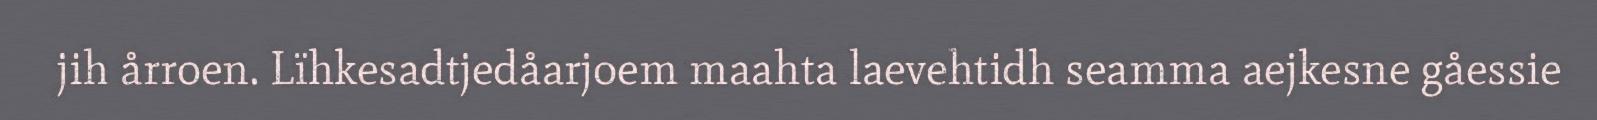
jih årroen. Lïhkesadtjedåarjoem maahta laevehtidh seamma aejkesne gåessie